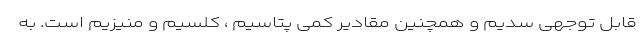
قابل توجهی سدیم و همچنین مقادیر کمی پتاسیم ، کلسیم و منیزیم است. به